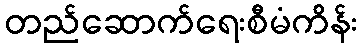
တည်ဆောက်ရေးစီမံကိန်း